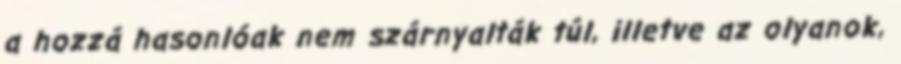
a hozzá hasonlóak nem szárnyalták túl, illetve az olyanok,